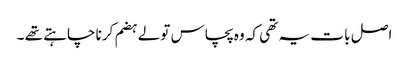
اصل با ت یہ تھی کہ وہ پچاس تولے ہضم کرنا چاہتے تھے ۔